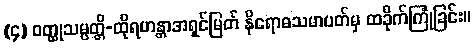
(၄) ဝတ္ထုသမ္ပတ္တိ-ထိုရဟန္တာအရှင်မြတ် နိရောဓသမာပတ်မှ ထခိုက်ကြုံခြင်း။